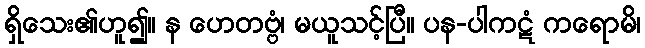
ရှိသေး၏ဟူ၍။ န ဟေတဗ္ဗံ၊ မယူသင့်ပြီ။ ပန-ပါကဋံ ကရောမိ၊